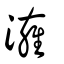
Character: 澭